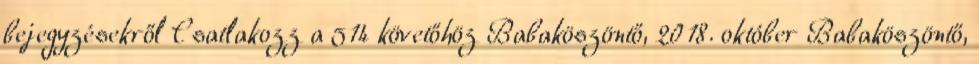
bejegyzésekről Csatlakozz a 514 követőhöz Babaköszöntő, 2018. október Babaköszöntő,